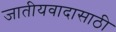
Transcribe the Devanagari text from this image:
जातीयवादासाठी